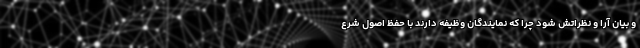
و بیان آرا و نظراتش شود چرا که نمایندگان وظیفه دارند با حفظ اصول شرع